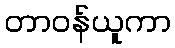
တာဝန်ယူကာ